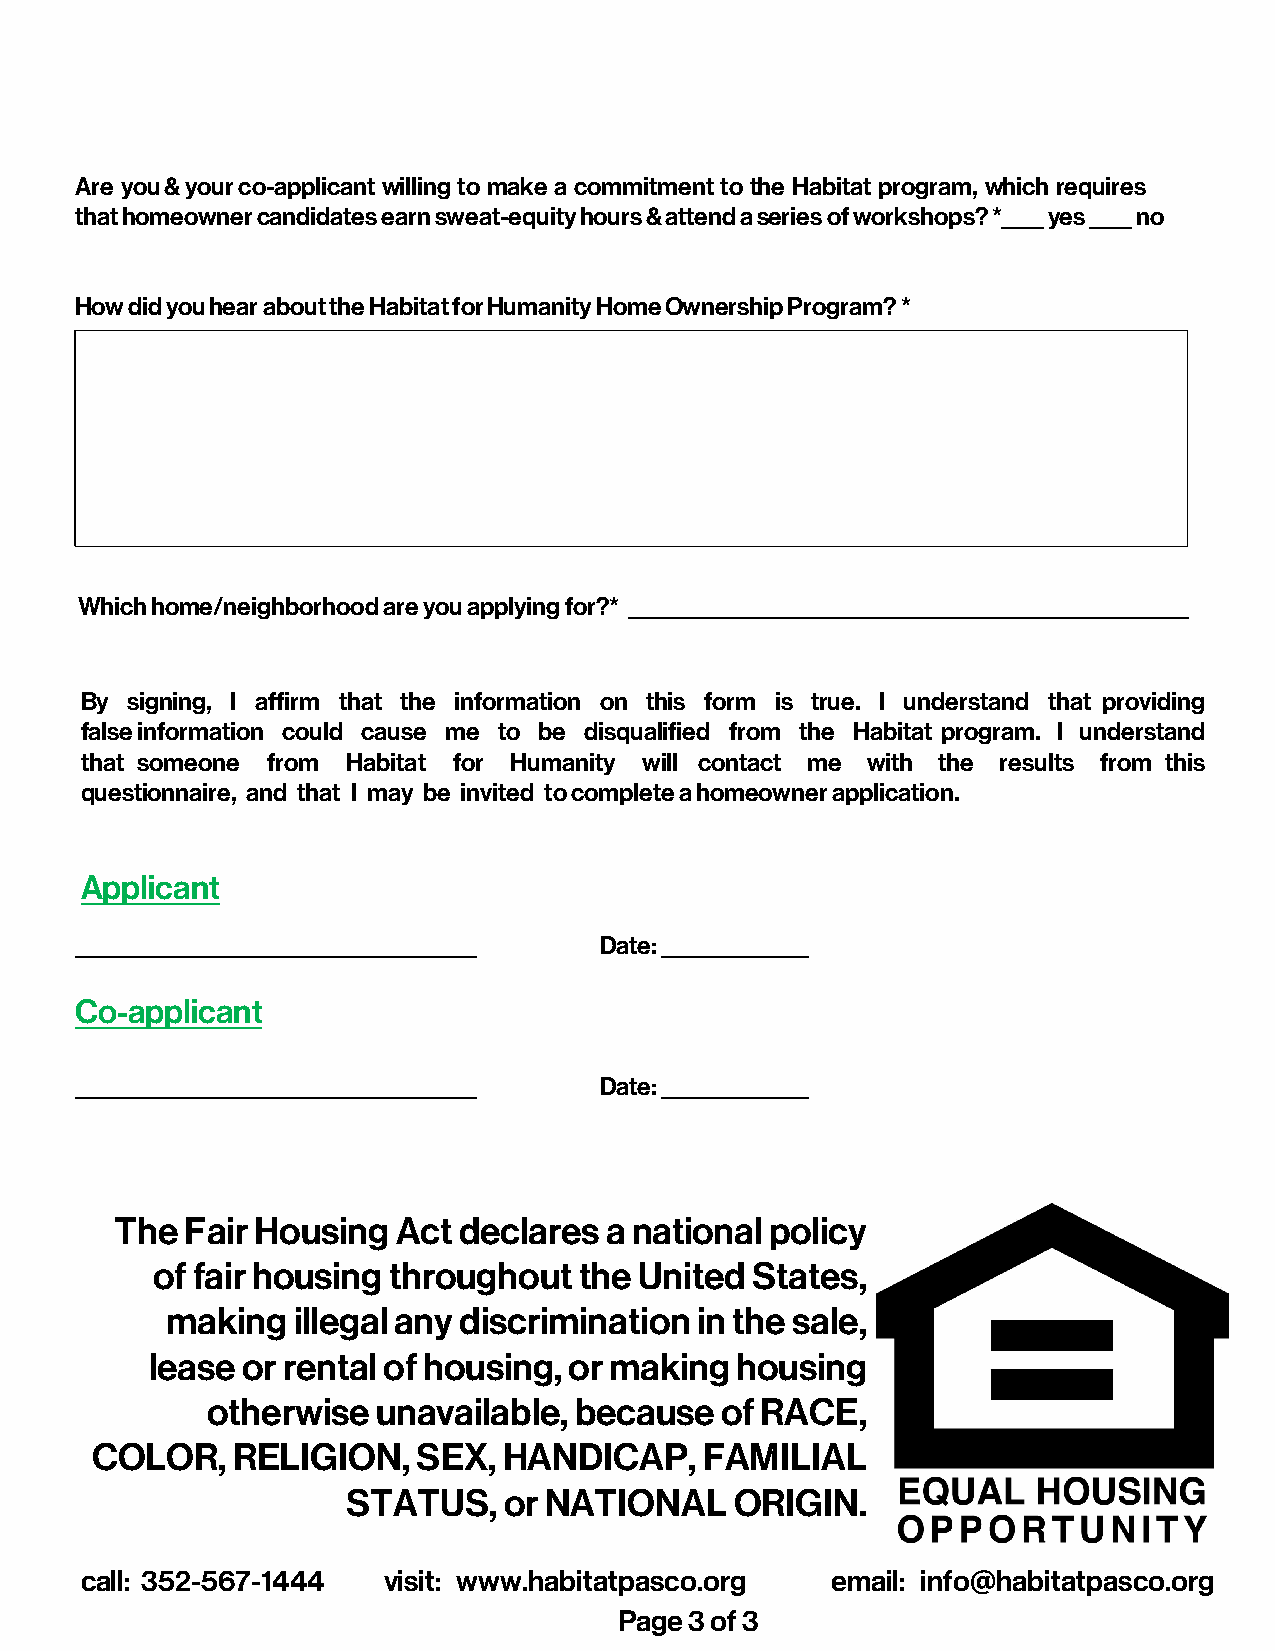
Are you & your co-applicant willing to make a commitment to the Habitat program, which requires
 that homeowner candidates earn sweat-equity hours & attend a series of workshops? *____ yes ____ no
 How did you hear about the Habitat for Humanity Home Ownership Program? *
 Which home/neighborhood are you applying for?* _____________________________________________________
 By signing, I affirm that the information on this form is true. I understand that providing
 false information could cause me to be disqualified from the Habitat program. I understand
 that someone from Habitat for Humanity will contact me with the results from this
 questionnaire, and that I may be invited to complete a homeowner application.
 Applicant
 ______________________________________ Date: ______________
 Co-applicant
 ______________________________________ Date: ______________
 The Fair Housing  Act declares  a national policy
 of fair housing throughout  the United  States,
 making  illegal any discrimination in the sale,
 lease or rental of housing, or making  housing
 otherwise  unavailable, because   of RACE,
 COLOR,   RELIGION,    SEX, HANDICAP,     FAMILIAL
 STATUS,   or NATIONAL     ORIGIN.
 call: 352-567-1444  visit: www.habitatpasco . o r g email: info@habitatpasco.org
 Page 3 of 3